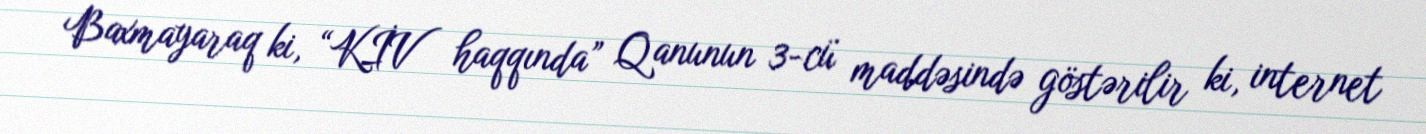
Baxmayaraq ki, “KİV haqqında” Qanunun 3-cü maddəsində göstərilir ki, internet